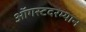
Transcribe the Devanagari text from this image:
ऑगस्टदरम्यान